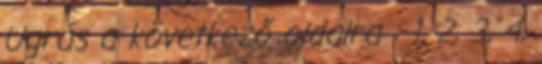
Ugrás a következő oldalra : 1, 2, 3, 4,